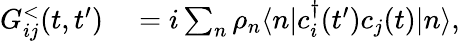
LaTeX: \begin{array}{rl}{G_{ij}^{<}(t,t^{\prime})}&{{}=i\sum_{n}\rho_{n}\langle n|c_{i}^{\dagger}(t^{\prime})c_{j}(t)|n\rangle,}\end{array}